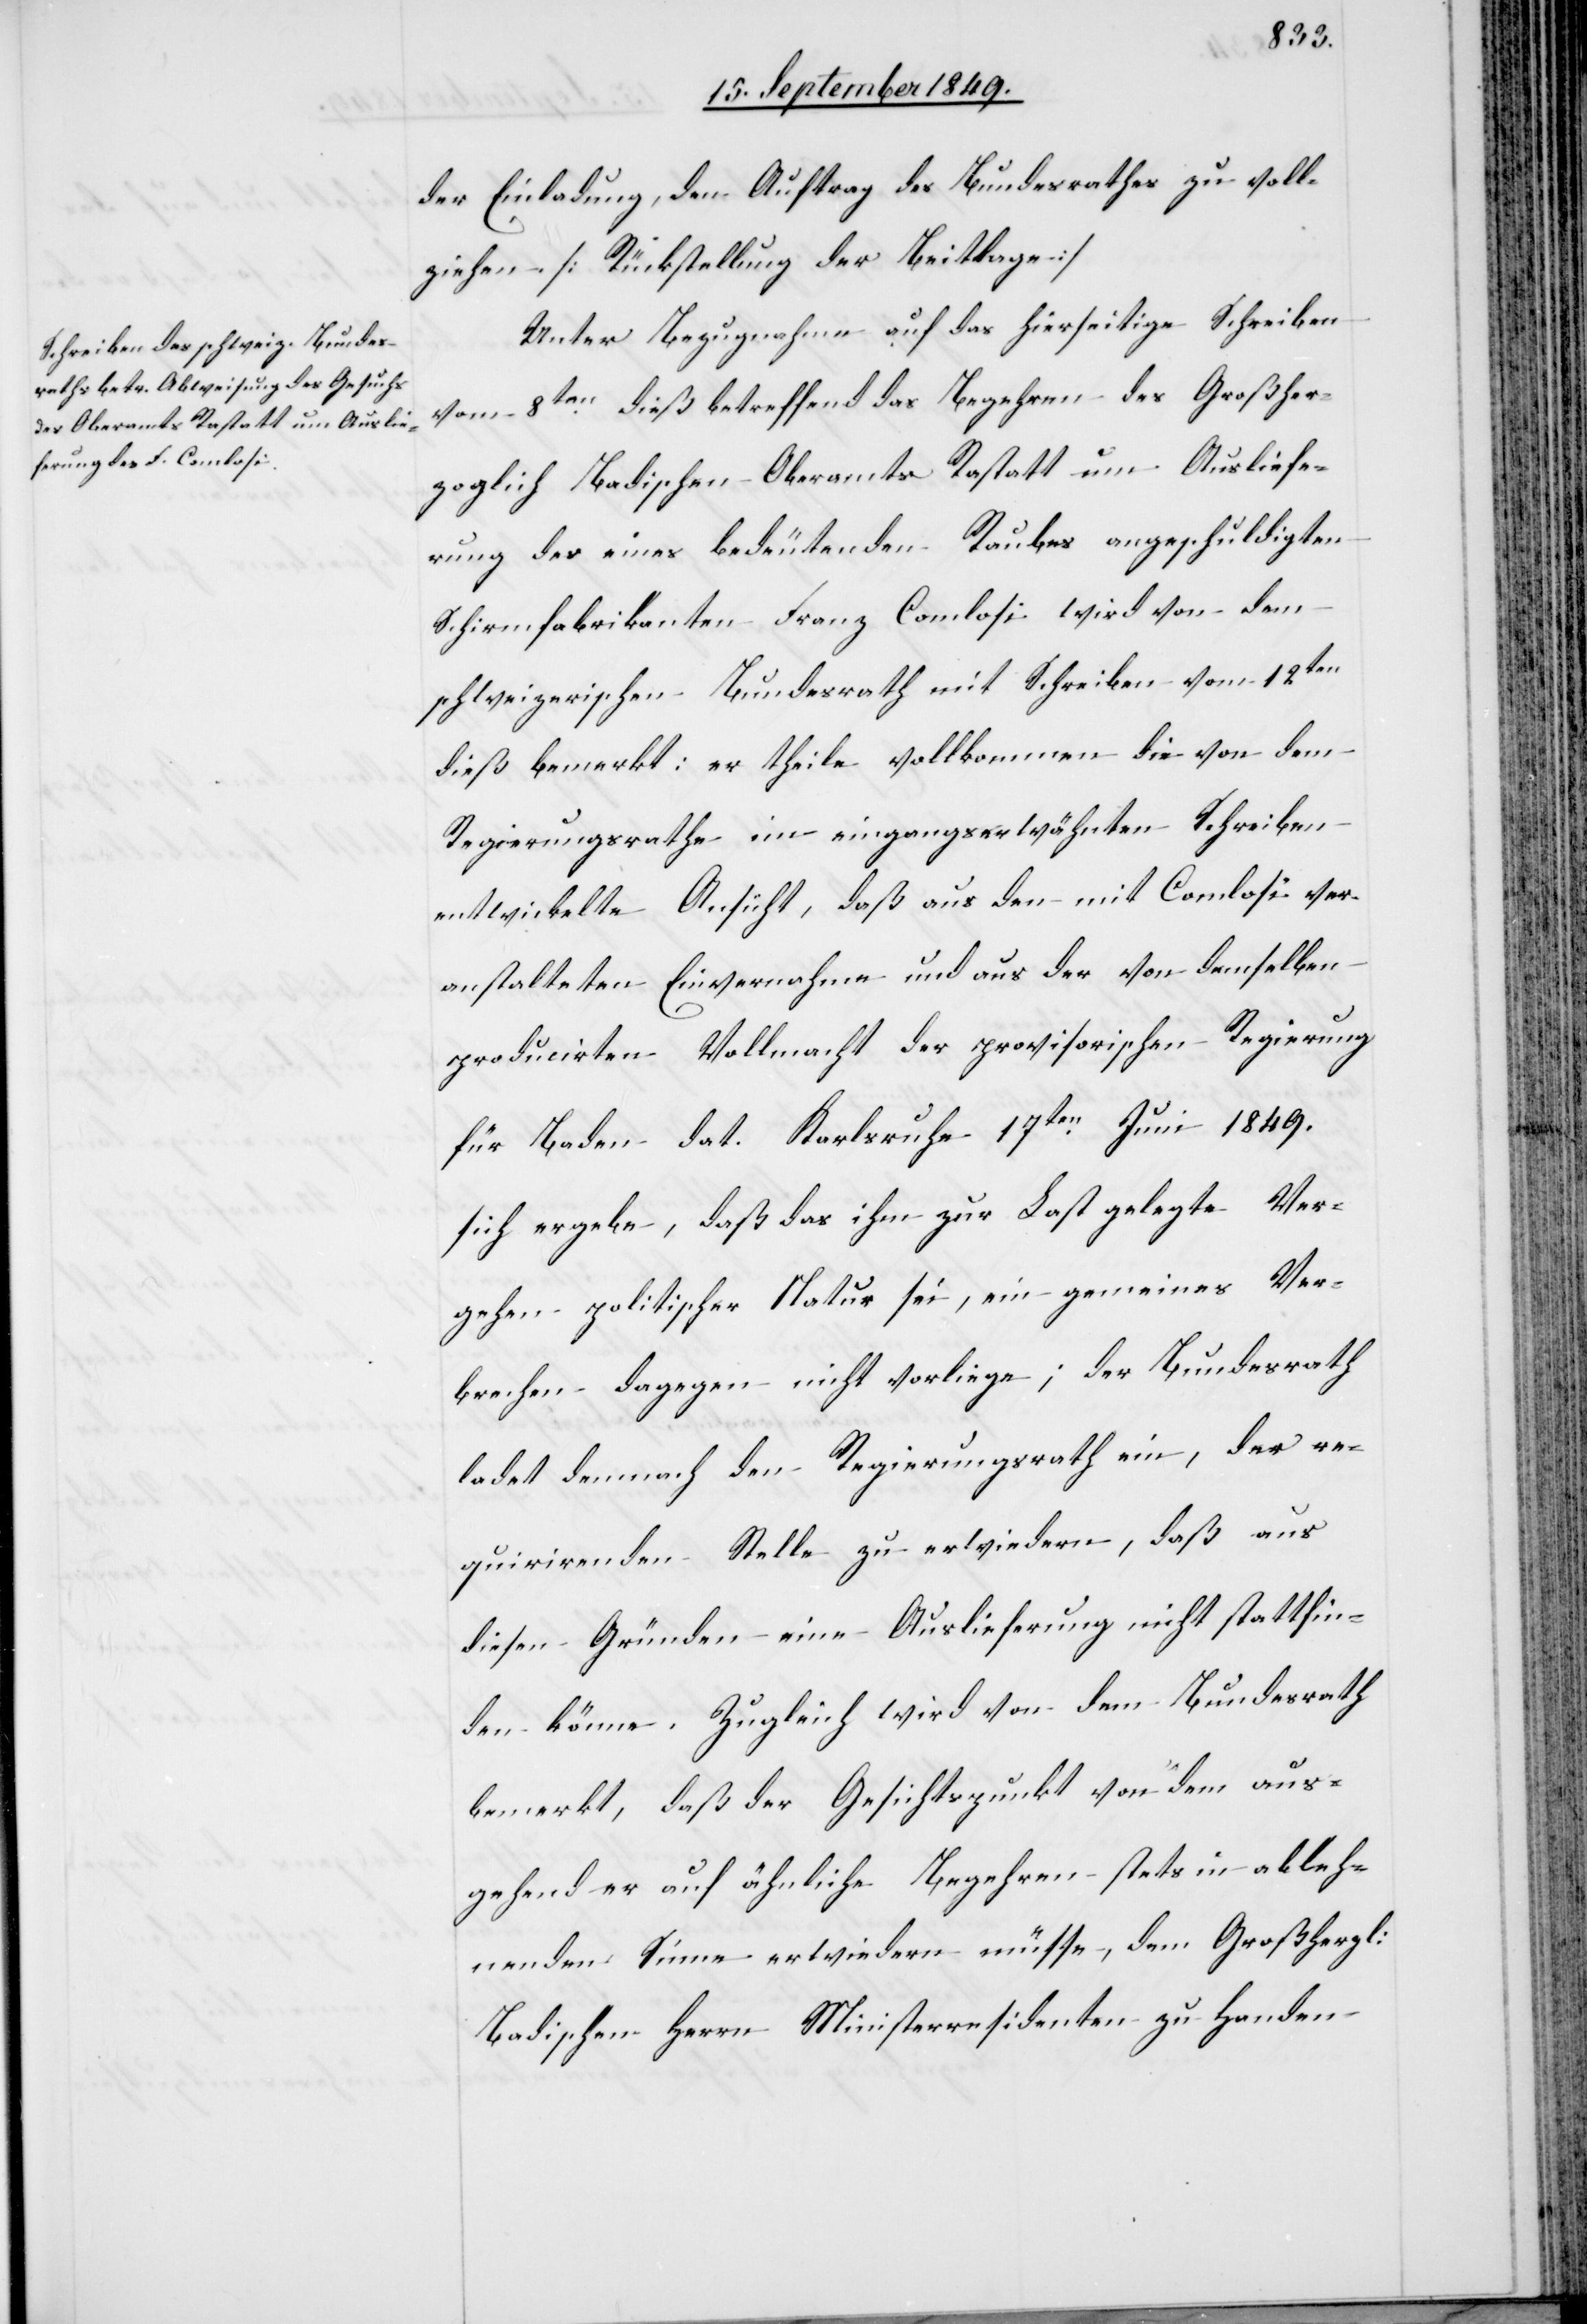
der Einladung, den Auftrag des Bundesrathes zu voll¬
ziehen. [Rückstellung der Beittage
Unter Bezugnahme auf das hierseitige Schreiben
vom 8ten dieß betreffend das Begehren des Großher¬
zoglich Badischen Oberamtes Rastatt um Ausliefe¬
rung des eines bedeutenden Raubes angeschuldigten
Schirmfabrikanten Franz Comlosi wird von dem
schweizerischen Bundesrath mit Schreiben vom 12ten
dieß bemerkt: er theile vollkommen die von dem
Regierungsrathe im eingangserwähnten Schreiben
entwickelte Ansicht, daß aus den mit Comlosi ver¬
anstalteten Einvernahme und der von demselben
producirten Vollmacht der provisorischen Regierung
für Baden dat. Karlsruhe 17ten Juni 1849.
sich ergebe, daß das ihm zur Last gelegte Ver¬
gehen politischer Natur sei, ein gemeines Ver¬
brechen dagegen nicht vorliege; der Bundesrath
ladet demnach den Regierungsrath ein, der re¬
quirirenden Stelle zu erwiedern, daß aus
diesen Gründen eine Auslieferung nicht stattfin¬
den könne. Zugleich wird von dem Bundesrath
bemerkt, daß der Gesichtspunkt von dem aus¬
gehend er auf ähnliche Begehren stets in ableh¬
nenden Sinne erwiedern müsse, dem Großherzl:
Badischen Herrn Ministeresidenten zu Handen